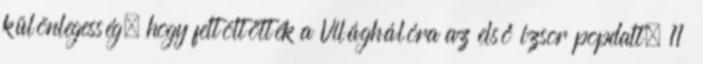
különlegesség, hogy feltöltötték a Világhálóra az első izsor popdalt, 11